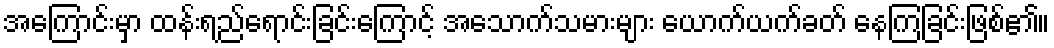
အကြောင်းမှာ ထန်းရည်ရောင်းခြင်းကြောင့် အသောက်သမားများ ယောက်ယက်ခတ် နေကြခြင်းဖြစ်၏။